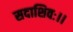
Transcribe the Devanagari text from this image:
सदाशिवः।।